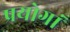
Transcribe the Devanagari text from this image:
प्रयोगां